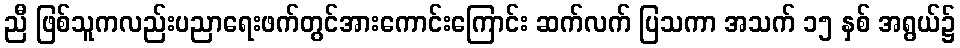
ညီ ဖြစ်သူကလည်းပညာရေးဖက်တွင်အားကောင်းကြောင်း ဆက်လက် ပြသကာ အသက် ၁၅ နှစ် အရွယ်၌